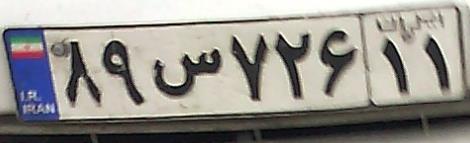
۸۹س۷۲۶۱۱